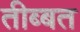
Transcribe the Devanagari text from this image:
तीब्‍बत